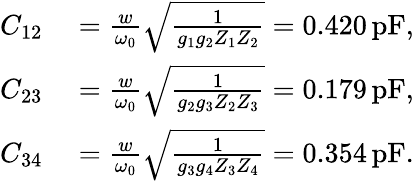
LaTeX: \begin{array}{rl}{C_{12}}&{{}=\frac{w}{\omega_{0}}\sqrt{\frac{1}{g_{1}g_{2}Z_{1}Z_{2}}}=0.420\, \mathrm{pF},}\\ {C_{23}}&{{}=\frac{w}{\omega_{0}}\sqrt{\frac{1}{g_{2}g_{3}Z_{2}Z_{3}}}=0.179\, \mathrm{pF},}\\ {C_{34}}&{{}=\frac{w}{\omega_{0}}\sqrt{\frac{1}{g_{3}g_{4}Z_{3}Z_{4}}}=0.354\, \mathrm{pF}.}\end{array}